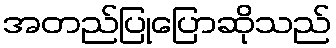
အတည်ပြုပြောဆိုသည်